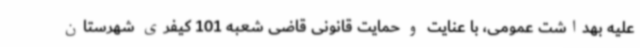
علیه بهداشت عمومی، با عنایت و حمایت قانونی قاضی شعبه 101 کیفری شهرستان